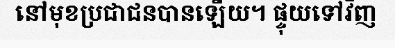
នៅមុខប្រជាជនបានឡើយ។ ផ្ទុយទៅវិញ